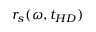
r _ { s } ( \omega , t _ { H D } )